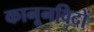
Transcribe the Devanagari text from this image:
कानूनविदों